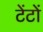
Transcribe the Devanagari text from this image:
टेंटों